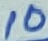
Text: 10